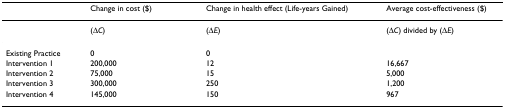
<table><thead><tr><td>[EMPTY_CELL]</td><td><b>Change in cost ($)</b></td><td><b>Change in health effect (Life-years Gained)</b></td><td><b>Average cost-effectiveness ($)</b></td></tr></thead><tbody><tr><td>[EMPTY_CELL]</td><td>(Δ<i>C</i>)</td><td>(Δ<i>E</i>)</td><td>(Δ<i>C</i>) divided by (Δ<i>E</i>)</td></tr><tr><td>Existing Practice</td><td>0</td><td>0</td><td>[EMPTY_CELL]</td></tr><tr><td>Intervention 1</td><td>200,000</td><td>12</td><td>16,667</td></tr><tr><td>Intervention 2</td><td>75,000</td><td>15</td><td>5,000</td></tr><tr><td>Intervention 3</td><td>300,000</td><td>250</td><td>1,200</td></tr><tr><td>Intervention 4</td><td>145,000</td><td>150</td><td>967</td></tr></tbody></table>